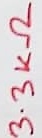
Text: 3.3KΩ